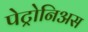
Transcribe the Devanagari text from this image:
पेट्रोनिअस